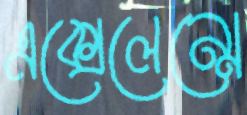
এক্সেলেন্সে